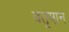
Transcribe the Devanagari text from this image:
वतृमान